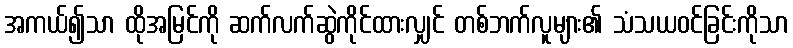
အကယ်၍သာ ထိုအမြင်ကို ဆက်လက်ဆွဲကိုင်ထားလျှင် တစ်ဘက်လူများ၏ သံသယဝင်ခြင်းကိုသာ